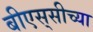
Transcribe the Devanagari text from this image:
बीएस्‌सीच्या